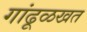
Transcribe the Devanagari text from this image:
गांढूळखत